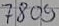
Text: 7809